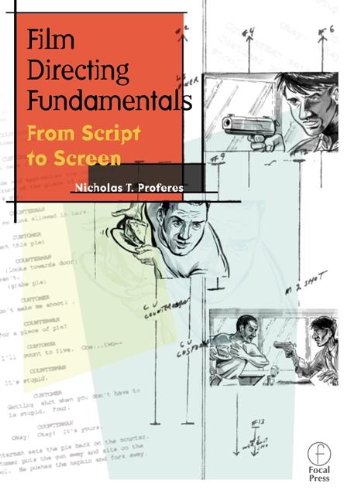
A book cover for Film Directing Fundamentals: From Script to Screen; Nicholas Proferes; Humor & Entertainment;